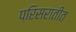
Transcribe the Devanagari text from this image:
परिसरातीत